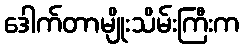
ဒေါက်တာမျိုးသိမ်းကြီးက